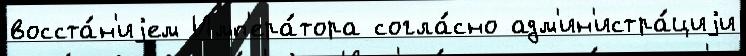
восста́н'иjем Имп'ера́тора согла́сно адм'ин'истра́циjи